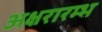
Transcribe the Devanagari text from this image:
अक्षरारम्भ